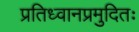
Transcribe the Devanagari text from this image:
प्रतिध्वानप्रमुदितः